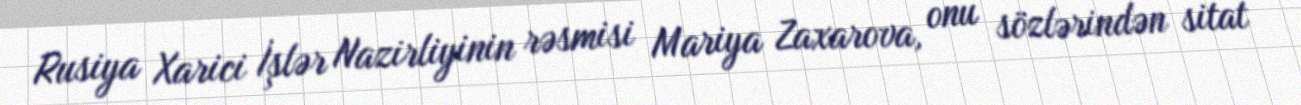
Rusiya Xarici İşlər Nazirliyinin rəsmisi Mariya Zaxarova, onu sözlərindən sitat